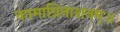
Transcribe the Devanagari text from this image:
कामाग्निनाशनम्॥